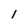
Character: 1